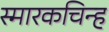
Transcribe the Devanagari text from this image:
स्मारकचिन्ह